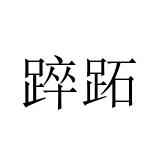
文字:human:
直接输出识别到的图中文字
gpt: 踤跖